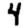
Digit: 4